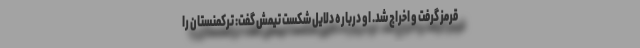
قرمز گرفت و اخراج شد. او درباره دلایل شکست تیمش گفت: ترکمنستان را